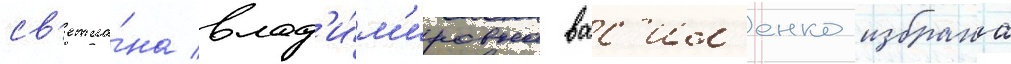
св'етла́на влад'и́м'ировна вас'ил'енко избрана